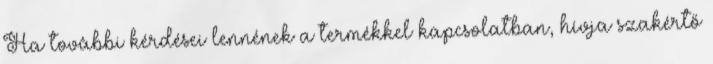
Ha további kérdései lennének a termékkel kapcsolatban, hívja szakértő